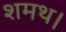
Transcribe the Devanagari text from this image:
शमथ।